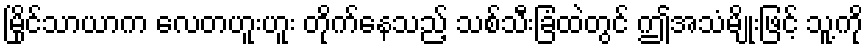
မြိုင်သာယာက လေတဟူးဟူး တိုက်နေသည့် သစ်သီးခြံထဲတွင် ဤအသံမျိုးဖြင့် သူ့ကို